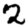
Digit: 2